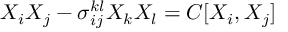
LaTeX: X _ { i } X _ { j } - \sigma _ { i j } ^ { k l } X _ { k } X _ { l } = C [ X _ { i } , X _ { j } ]